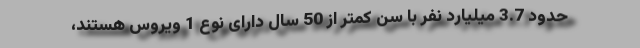
حدود 3.7 میلیارد نفر با سن کمتر از 50 سال دارای نوع 1 ویروس هستند،